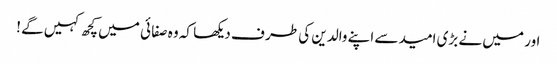
اور میں نے بڑی امید سے اپنے والدین کی طر ف دیکھا کہ وہ صفا ئی میں کچھ کہیں گے !